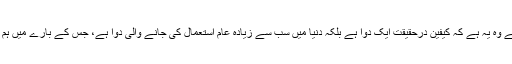
جس چیز کا ذکر نہیں کیا جاتا ہے وہ یہ ہے کہ کیفین درحقیقت ایک دوا ہے بلکہ دنیا میں سب سے زیادہ عام استعمال کی جانے والی دوا ہے، جس کے بارے میں ہم سوچتے بھی نہیں کہ وہ دوا ہے۔